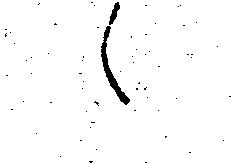
え